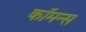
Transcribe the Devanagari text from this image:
कॉमन्‍स